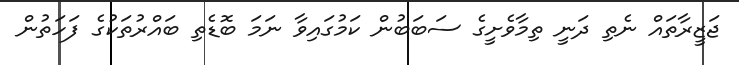
ޖަޒީރާތައް ނެތި ދަނީ ތިމާވެށީގެ ސަބަބުން ކަމުގައިވާ ނަމަ ބޮޑެތި ބައްރުތަކުގެ ފަހަތުން